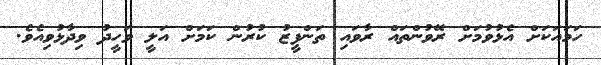
ހަމައަކަށް އެޅުވުމަށް ރޭވުންތައް ރާވައި ތަންފީޒު ކުރުން ކަމަށް އަލީ ވަހީދު ވިދާޅުވިއެވެ.